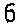
6